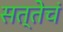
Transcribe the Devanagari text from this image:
सत्तेचं